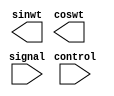
module modulator (control,
                  signal,
                  sinwt,
                  coswt
                  );

input control;
input signal;
output reg sinwt;
output reg coswt;

assign signal = (control) ? sinwt : coswt;


endmodule // modulator